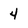
Character: 4